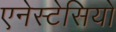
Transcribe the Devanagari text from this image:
एनेस्टेसियो